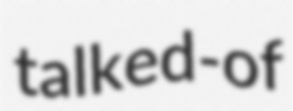
talked-of